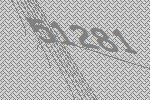
51281